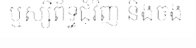
ឬស្សីព័ទ្ធជុំវិញ និងចង